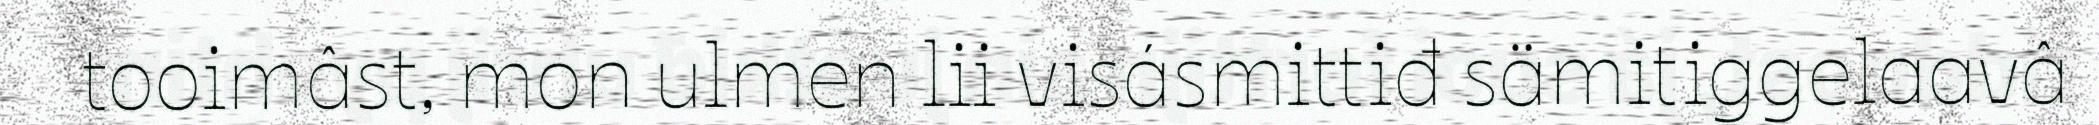
tooimâst, mon ulmen lii visásmittiđ sämitiggelaavâ